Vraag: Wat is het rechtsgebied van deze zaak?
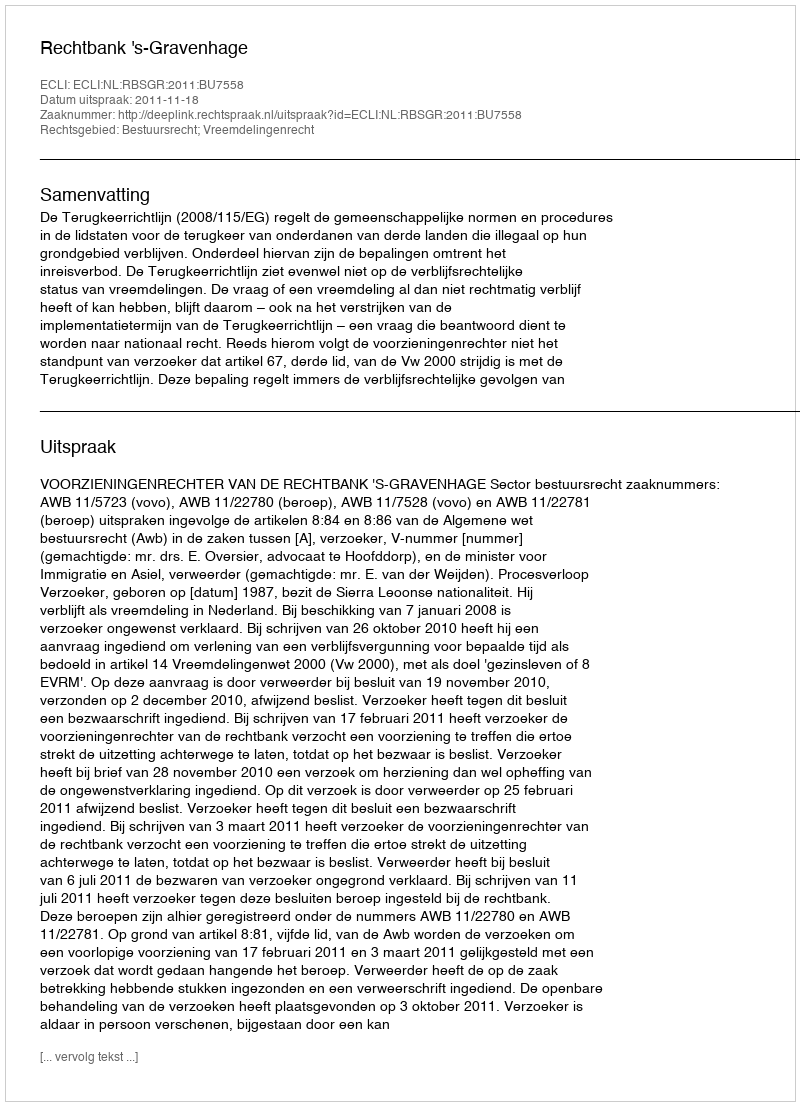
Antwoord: Bestuursrecht; Vreemdelingenrecht